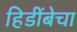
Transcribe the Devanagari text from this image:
हिडींबेचा